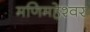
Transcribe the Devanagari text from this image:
मणिमहेश्‍वर